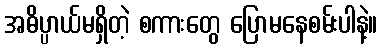
အဓိပ္ပာယ်မရှိတဲ့ စကားတွေ ပြောမနေစမ်းပါနဲ့။